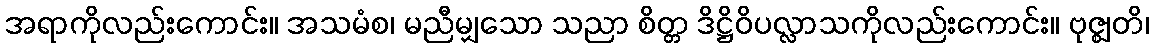
အရာကိုလည်းကောင်း။ အသမံစ၊ မညီမျှသော သညာ စိတ္တ ဒိဋ္ဌိဝိပလ္လာသကိုလည်းကောင်း။ ဗုဇ္ဈတိ၊